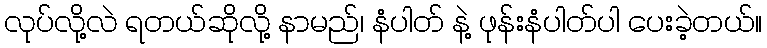
လုပ်လို့လဲ ရတယ်ဆိုလို့ နာမည်၊ နံပါတ် နဲ့ ဖုန်းနံပါတ်ပါ ပေးခဲ့တယ်။